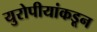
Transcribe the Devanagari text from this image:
युरोपीयांकडून